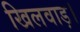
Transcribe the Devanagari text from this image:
खिलवाड़।